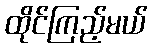
ထိုင်ကြည့်မယ်